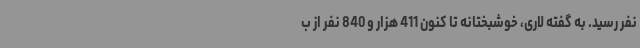
نفر رسید. به گفته لاری، خوشبختانه تا کنون 411 هزار و 840 نفر از ب